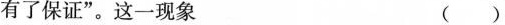
有了保证”。这一现象 ()